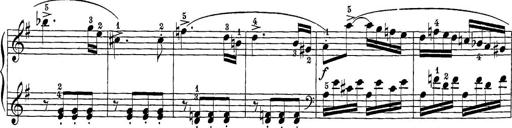
Title: 12 Sonatine per Pianoforte
Composer: Friedrich Kuhlau